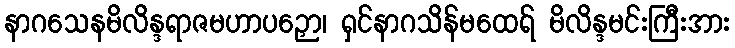
နာဂသေနမိလိန္ဒရာဇမဟာပဉှော၊ ရှင်နာဂသိန်မထေရ် မိလိန္ဒမင်းကြီးအား